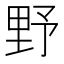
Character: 野